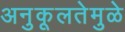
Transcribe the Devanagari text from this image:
अनुकूलतेमुळे